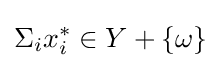
\Sigma _{i}x_{i}^{*}\in Y+\{\omega \}